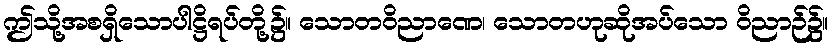
ဤသို့အစရှိသောပါဋ္ဌိရပ်တို့၌။ သောတဝိညာဏေ၊ သောတဟုဆိုအပ်သော ဝိညာဉ်၌။